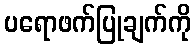
ပရောဖက်ပြုချက်ကို